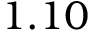
1 . 1 0